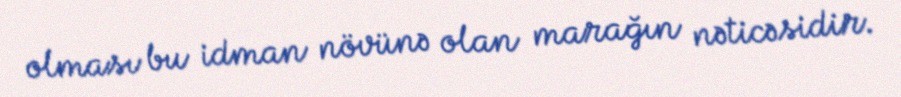
olması bu idman növünə olan marağın nəticəsidir.